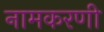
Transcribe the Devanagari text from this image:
नामकरणी